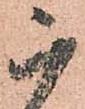
被